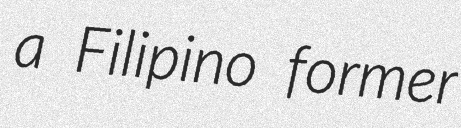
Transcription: a Filipino former